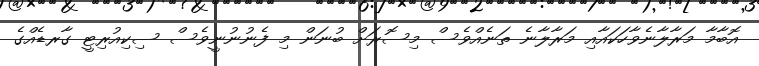
އޮބާމާ މަރާލާނެވާހަކައާއި މަރާލާނެ ތަނެއްވެސް މިސޮރަށް ބުނަން މި ފެނުނުނީވެސް ސިކިއުރިޓީ ގާރޑެއްގެ